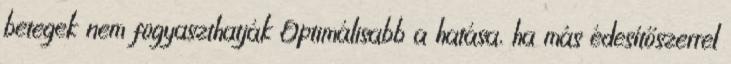
betegek nem fogyaszthatják Optimálisabb a hatása, ha más édesítőszerrel